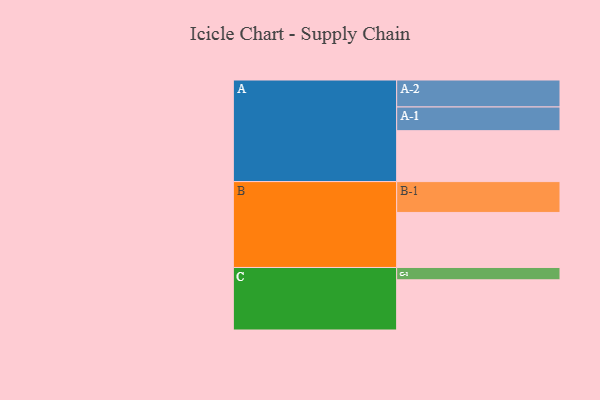
{"axis": {"x": "Segment", "y": "Value"}, "legend": ["", "A", "B", "C"], "data": [{"x": "A", "y": 434, "type": ""}, {"x": "B", "y": 469, "type": ""}, {"x": "C", "y": 428, "type": ""}, {"x": "A-1", "y": 202, "type": "A"}, {"x": "A-2", "y": 230, "type": "A"}, {"x": "B-1", "y": 263, "type": "B"}, {"x": "C-1", "y": 105, "type": "C"}]}